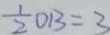
\frac { 1 } { 2 } O B = 3